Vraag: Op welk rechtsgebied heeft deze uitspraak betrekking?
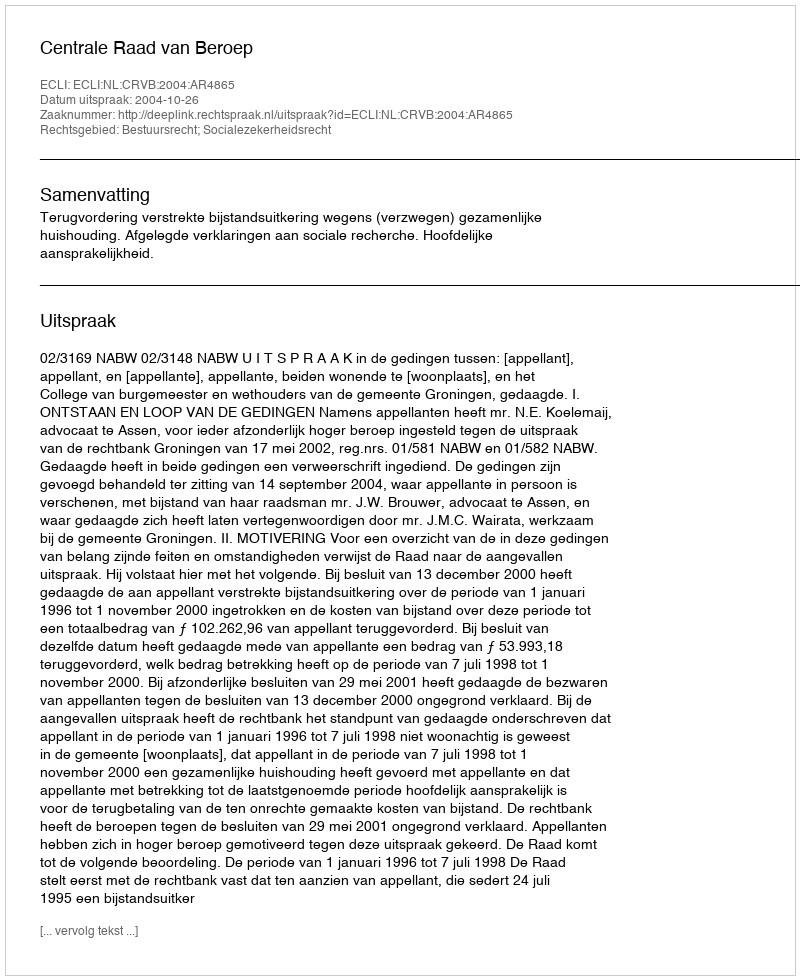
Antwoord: Bestuursrecht; Socialezekerheidsrecht